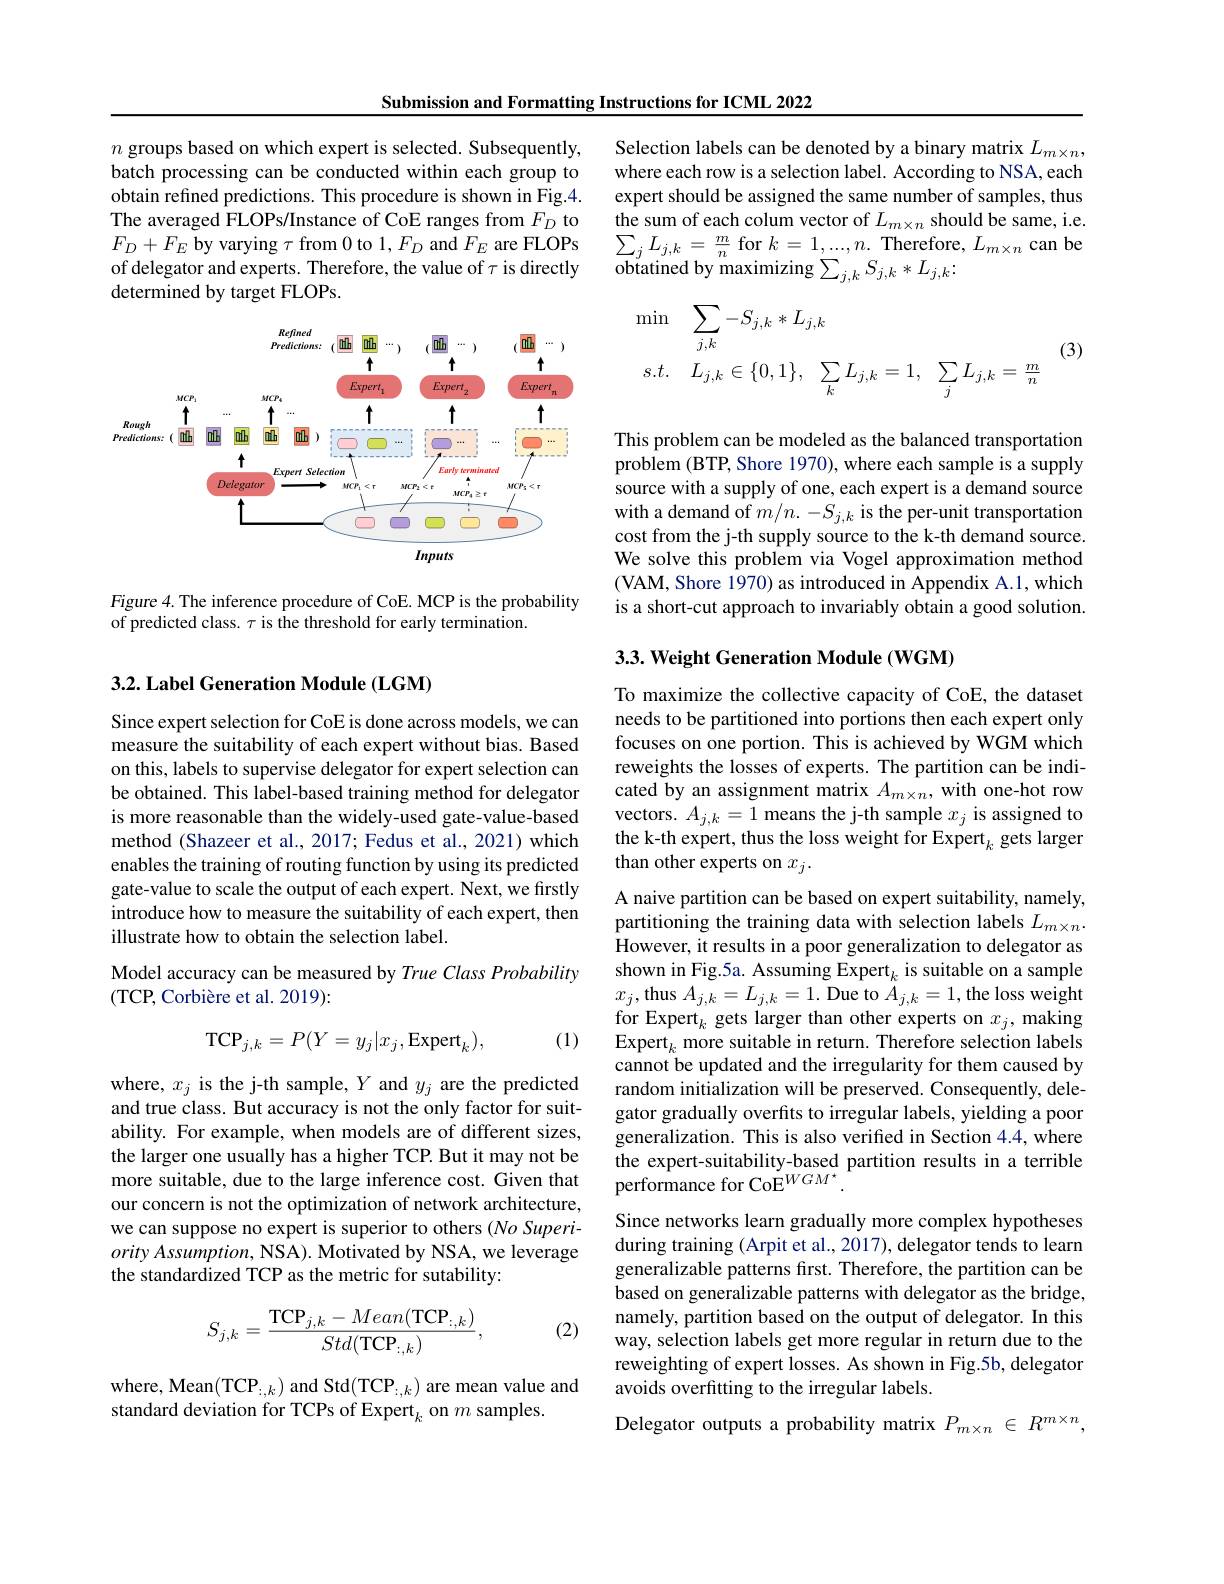
Submission and Formatting Instructions for ICML 2022

$n$ groups based on which expert is selected. Subsequently, batch processing can be conducted within each group to obtain refined predictions. This procedure is shown in Fig.4. The averaged FLOPs/Instance of CoE ranges from $F_D$ to $F_D+F_E$ by varying $\tau$ from 0 to 1,$F_D$ and $F_E$ are FLOPs of delegator and experts. Therefore, the value of $\tau$ is directly determined by target FLOPs.

<FigureHere>

Figure 4. The inference procedure of CoE. MCP is the probability
of predicted class. $\tau$ is the threshold for early termination.

3.2. Label Generation Module (LGM)

Since expert selection for CoE is done across models, we can measure the suitability of each expert without bias. Based on this, labels to supervise delegator for expert selection can be obtained. This label-based training method for delegator is more reasonable than the widely-used gate-value-based method (Shazeer et al., 2017; Fedus et al., 2021) which enables the training of routing function by using its predicted gate-value to scale the output of each expert. Next, we firstly introduce how to measure the suitability of each expert, then illustrate how to obtain the selection label.

## Model accuracy can be measured by True Class Probability (TCP, Corbière et al. 2019):

(1)
$$\mathrm{TCP}_{j,k}=P(Y=y_{j}|x_{j},\mathrm{Expert}_{k}),$$
where, $x_j$ is the j-th sample, $Y$ and $y_j$ are the predicted and true class. But accuracy is not the only factor for suitability. For example, when models are of different sizes, the larger one usually has a higher TCP. But it may not be more suitable, due to the large inference cost. Given that our concern is not the optimization of network architecture, we can suppose no expert is superior to others (No Superi- $ority\textit{ Assumption, NSA) . Motivated by NSA, we leverage}$ the standardized TCP as the metric for sutability:
$$S_{j,k}=\frac{\mathrm{TCP}_{j,k}-Mean(\mathrm{TCP}_{:,k})}{Std(\mathrm{TCP}_{:,k})},$$
(2)

where, Mean(TCP$_:,k)$ and Std(TCP$_:,k)$ are mean value and
standard deviation for TCPs of Expert$_k$ on $m$ samples.

Selection labels can be denoted by a binary matrix $L_{m\times n}$, where each row is a selection label. According to NSA, each expert should be assigned the same number of samples, thus the sum of each colum vector of $L_{m\times n}$ should be same, i.e. $\sum_{j}L_{j,k}=\frac{m}{n}$ for $k=1,...,n.$ Therefore, $L_m\times n$ can be obtatined by maximizing $\sum_j,kS_{j,k}*L_{j,k}$
$$\begin{array}{lll}\min&\sum_{j,k}-S_{j,k}*L_{j,k}\\s.t.&L_{j,k}\in\{0,1\},&\sum_{k}L_{j,k}=1,&\sum_{j}L_{j,k}=\frac{m}{n}\end{array}\quad(3)$$
This problem can be modeled as the balanced transportation problem (BTP, Shore 1970), where each sample is a supply source with a supply of one, each expert is a demand source with a demand of $m/n.-S_{j,k}$ is the per-unit transportation cost from the j-th supply source to the k-th demand source. We solve this problem via Vogel approximation method (VAM, Shore 1970) as introduced in Appendix A.1, which is a short-cut approach to invariably obtain a good solution.

$3. 3. \textbf{Weight Generation Module ( WGM) }$

To maximize the collective capacity of CoE, the dataset needs to be partitioned into portions then each expert only focuses on one portion. This is achieved by WGM which reweights the losses of experts. The partition can be indicated by an assignment matrix $A_{m\times n}$, with one-hot row vectors. $A_{j,k}=1$ means the j-th sample $x_j$ is assigned to the k-th expert, thus the loss weight for Expert $_k$ gets larger than other experts on $x_j.$

A naive partition can be based on expert suitability, namely, partitioning the training data with selection labels $L_{m\times n}.$ However, it results in a poor generalization to delegator as shown in Fig.5a. Assuming Expert$_k$ is suitable on a sample $x_{j}$,thus $A_j,k=L_{j,k}=1.$ Due to $A_j,k=1$,the loss weight for Expert$_k$ gets larger than other experts on $x_j$, making Expert$_k$ more suitable in return. Therefore selection labels cannot be updated and the irregularity for them caused by random initialization will be preserved. Consequently, delegator gradually overfits to irregular labels, yielding a poor generalization. This is also verified in Section 4.4, where the expert-suitability-based partition results in a terrible $\hat{\text{performance for Co}}^{WGM^{\star}}.$
Since networks learn gradually more complex hypotheses during training (Arpit et al., 2017), delegator tends to learn generalizable patterns first. Therefore, the partition can be based on generalizable patterns with delegator as the bridge, namely, partition based on the output of delegator. In this way, selection labels get more regular in return due to the reweighting of expert losses. As shown in Fig.5b, delegator avoids overfitting to the irregular labels.
Delegator outputs a probability matrix $P_{m\times n}\in R^{m\times n}$,